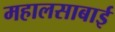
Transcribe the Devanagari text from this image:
महालसाबाई